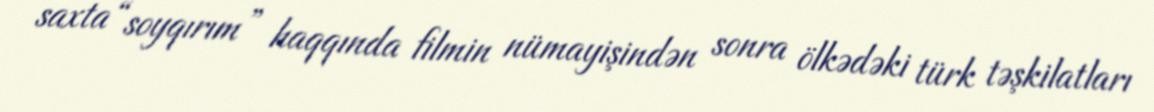
saxta “soyqırım” haqqında filmin nümayişindən sonra ölkədəki türk təşkilatları